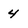
Character: 4